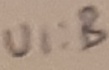
Text: UI:B